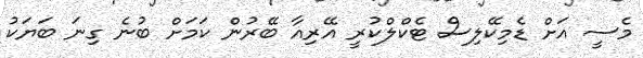
މެސީ އަށް ޑެމިކޭލިސް ޓެކްލްކުރީ އޭރިއާ ބޭރުން ކަމަށް ބުނެ ގިނަ ބަޔަކު